Source: Handwritten
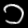
Digit: ၁ (1)